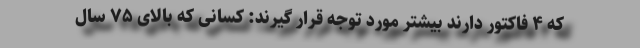
که ۴ فاکتور دارند بیشتر مورد توجه قرار گیرند: کسانی که بالای ۷۵ سال